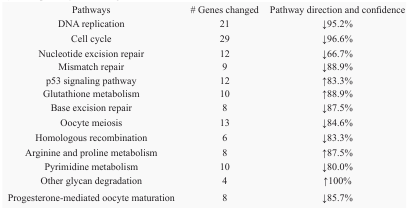
<table><thead><tr><td><b>Pathways</b></td><td><b># Genes changed</b></td><td><b>Pathway direction and confidence</b></td></tr></thead><tbody><tr><td>DNA replication</td><td>21</td><td>↓95.2%</td></tr><tr><td>Cell cycle</td><td>29</td><td>↓96.6%</td></tr><tr><td>Nucleotide excision repair</td><td>12</td><td>↓66.7%</td></tr><tr><td>Mismatch repair</td><td>9</td><td>↓88.9%</td></tr><tr><td>p53 signaling pathway</td><td>12</td><td>↑83.3%</td></tr><tr><td>Glutathione metabolism</td><td>10</td><td>↑88.9%</td></tr><tr><td>Base excision repair</td><td>8</td><td>↓87.5%</td></tr><tr><td>Oocyte meiosis</td><td>13</td><td>↓84.6%</td></tr><tr><td>Homologous recombination</td><td>6</td><td>↓83.3%</td></tr><tr><td>Arginine and proline metabolism</td><td>8</td><td>↑87.5%</td></tr><tr><td>Pyrimidine metabolism</td><td>10</td><td>↓80.0%</td></tr><tr><td>Other glycan degradation</td><td>4</td><td>↑100%</td></tr><tr><td>Progesterone-mediated oocyte maturation</td><td>8</td><td>↓85.7%</td></tr></tbody></table>